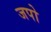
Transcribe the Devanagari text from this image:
जपो